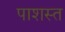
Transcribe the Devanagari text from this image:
पाशस्त